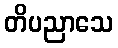
တိပညာသေ